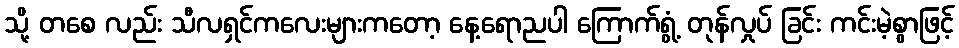
သို့ တစေ လည်း သီလရှင်ကလေးများကတော့ နေ့ရောညပါ ကြောက်ရွံ့ တုန်လှုပ် ခြင်း ကင်းမဲ့စွာဖြင့်